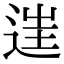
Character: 𨓹